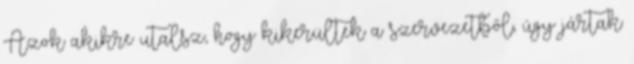
Azok akikre utalsz, hogy kikerültek a szervezetből, úgy jártak